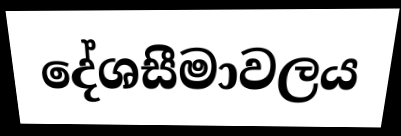
දේශසීමාවලය